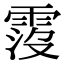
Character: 𩃁